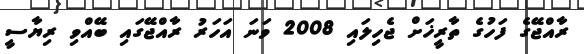
ރާއްޖޭގެ ފަހުގެ ތާރީޚަށް ޖެހިލައި 2008 ވަނަ އަހަރު ރާއްޖޭގައި ބޭއްވި ރިޔާސީ